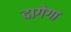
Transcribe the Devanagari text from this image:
दागेगा